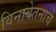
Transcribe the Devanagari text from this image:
विनावेतनाचे